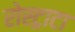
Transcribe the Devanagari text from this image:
रोस्ट्राटा